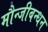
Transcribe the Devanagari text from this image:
मौन्जीबन्धन